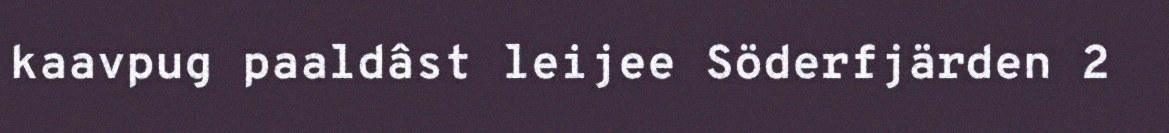
kaavpug paaldâst leijee Söderfjärden 2